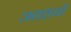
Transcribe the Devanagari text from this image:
आठवॉं